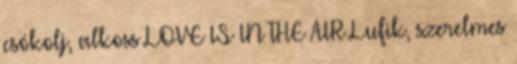
csókolj, alkoss LOVE IS IN THE AIR Lufik, szerelmes